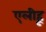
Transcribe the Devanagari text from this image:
एलीहू